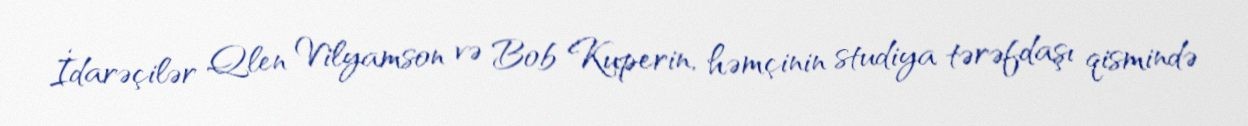
İdarəçilər Qlen Vilyamson və Bob Kuperin, həmçinin studiya tərəfdaşı qismində